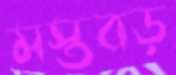
মস্তবড়